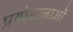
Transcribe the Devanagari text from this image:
प्रयोशालाओं